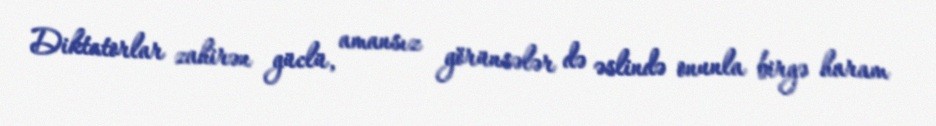
Diktatorlar zahirən güclü, amansız görünsələr də əslində onunla birgə haram